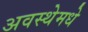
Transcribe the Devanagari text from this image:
अवस्थेमधे